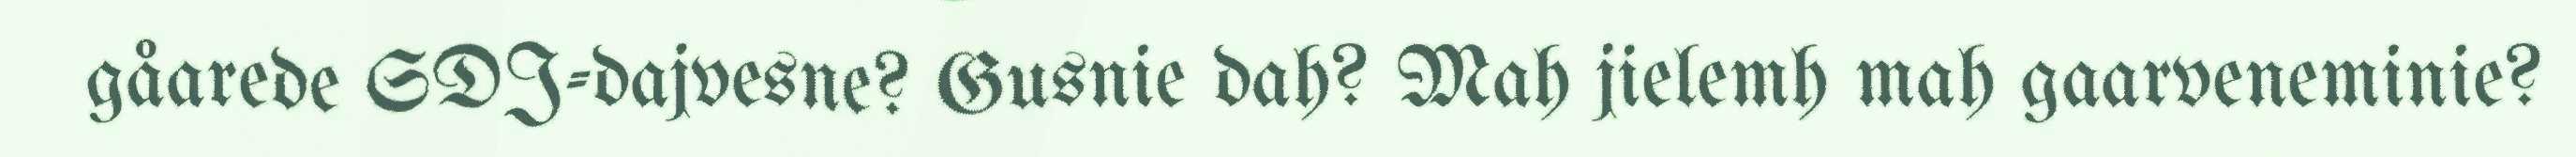
gåarede SDJ-dajvesne? Gusnie dah? Mah jielemh mah gaarveneminie?